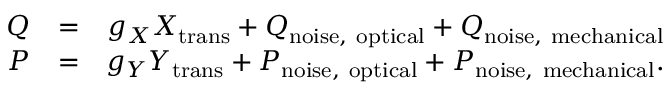
\begin{array} { r l r } { Q } & { = } & { g _ { X } X _ { \mathrm { t r a n s } } + Q _ { \mathrm { n o i s e , ~ o p t i c a l } } + Q _ { \mathrm { n o i s e , ~ m e c h a n i c a l } } } \\ { P } & { = } & { g _ { Y } Y _ { \mathrm { t r a n s } } + P _ { \mathrm { n o i s e , ~ o p t i c a l } } + P _ { \mathrm { n o i s e , ~ m e c h a n i c a l } } . } \end{array}